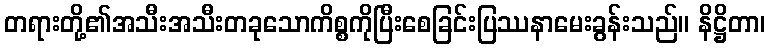
တရားတို့၏အသီးအသီးတခုသောကိစ္စကိုပြီးစေခြင်းပြဿနာမေးခွန်းသည်။ နိဋ္ဌိတာ၊